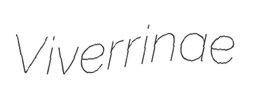
Viverrinae